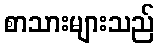
စာသားများသည်